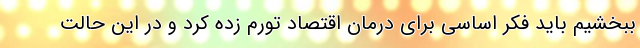
ببخشیم باید فکر اساسی برای درمان اقتصاد تورم زده کرد و در این حالت